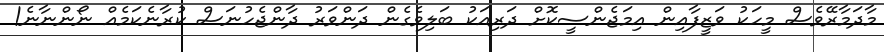
މާދަމާރޭވެސް މީހަކު ވަޒީފާއިން އިމަޖެންސީކޮށް ދަރިއަކު ބަލިވެގެން ދަންވަރު ދާންޖެހުނަސް ކުރާނެކަމެއް ނޯންނާނެ!